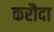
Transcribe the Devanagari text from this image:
करौदा